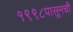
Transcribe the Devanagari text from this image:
१९९८पासूनची